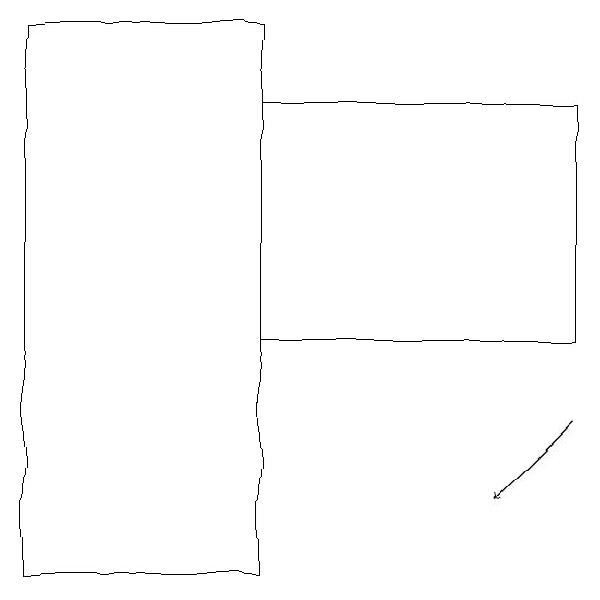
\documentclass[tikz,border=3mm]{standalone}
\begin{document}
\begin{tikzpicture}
\draw (2,10) rectangle (5,17);
\draw (5,13) rectangle (9,16);
\draw[->] (9,12) -- (8,11);
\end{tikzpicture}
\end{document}